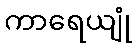
ကာရေယျုံ